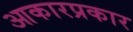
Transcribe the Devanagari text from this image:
आकारप्रकार